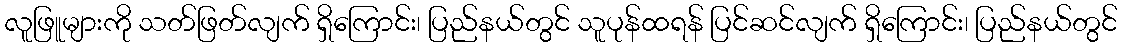
လူဖြူများကို သတ်ဖြတ်လျက် ရှိကြောင်း၊ ပြည်နယ်တွင် သူပုန်ထရန် ပြင်ဆင်လျက် ရှိကြောင်း၊ ပြည်နယ်တွင်